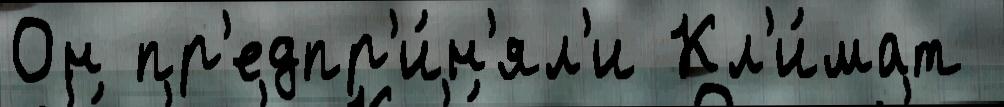
Он пр'едпр'и́н'ял'и Кл'и́мат